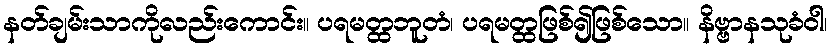
နတ်ချမ်းသာကိုလည်းကောင်း။ ပရမတ္ထဘူတံ၊ ပရမတ္ထဖြစ်၍ဖြစ်သော။ နိဗ္ဗာနသုခံဝါ၊